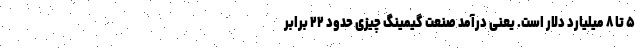
۵ تا ۸ میلیارد دلار است. یعنی درآمد صنعت گیمینگ چیزی حدود ۲۲ برابر